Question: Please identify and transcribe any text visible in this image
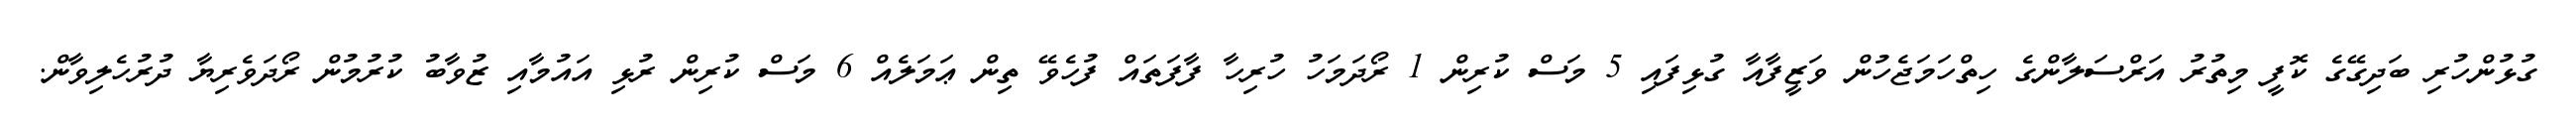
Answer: ގުޅުންހުރި ބަދިގޭގެ ކޮފީ މިތުރު އަރްސަލާންގެ ހިތްހަމަޖެހުން ވަޒީފާއާ ގުޅިފައި 5 މަސް ކުރިން 1 ރޯދަމަހު ހުރިހާ ފާފަތައް ފުހެވޭ ތިން ޢަމަލެއް 6 މަސް ކުރިން ރުޅި އައުމާއި ޒުވާބު ކުރުމުން ރޯދަވެރިޔާ ދުރުހެލިވާން.